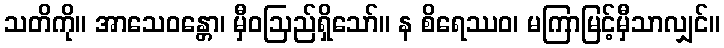
သတိကို။ အာသေဝန္တော၊ မှီဝဩည်ရှိသော်။ န စိရေဿဝ၊ မကြာမြင့်မှီသာလျှင်။